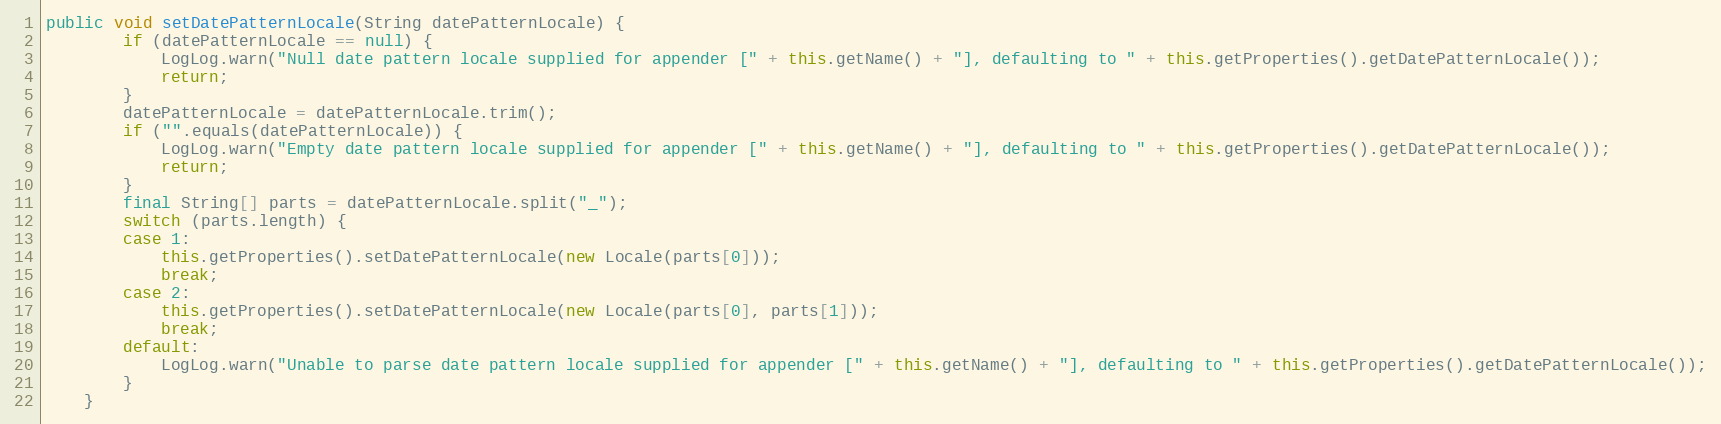
Language: Java
public void setDatePatternLocale(String datePatternLocale) {
		if (datePatternLocale == null) {
			LogLog.warn("Null date pattern locale supplied for appender [" + this.getName() + "], defaulting to " + this.getProperties().getDatePatternLocale());
			return;
		}
		datePatternLocale = datePatternLocale.trim();
		if ("".equals(datePatternLocale)) {
			LogLog.warn("Empty date pattern locale supplied for appender [" + this.getName() + "], defaulting to " + this.getProperties().getDatePatternLocale());
			return;
		}
		final String[] parts = datePatternLocale.split("_");
		switch (parts.length) {
		case 1:
			this.getProperties().setDatePatternLocale(new Locale(parts[0]));
			break;
		case 2:
			this.getProperties().setDatePatternLocale(new Locale(parts[0], parts[1]));
			break;
		default:
			LogLog.warn("Unable to parse date pattern locale supplied for appender [" + this.getName() + "], defaulting to " + this.getProperties().getDatePatternLocale());
		}
	}